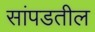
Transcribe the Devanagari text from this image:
सांपडतील